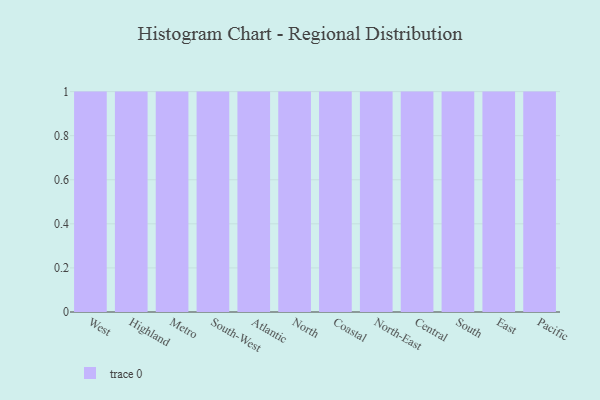
{"axis": {"x": "Region", "y": "Market Share (%)"}, "legend": [""], "data": [{"x": "West", "y": 41, "type": ""}, {"x": "Highland", "y": 30, "type": ""}, {"x": "Metro", "y": 58, "type": ""}, {"x": "South-West", "y": 88, "type": ""}, {"x": "Atlantic", "y": 36, "type": ""}, {"x": "North", "y": 25, "type": ""}, {"x": "Coastal", "y": 94, "type": ""}, {"x": "North-East", "y": 81, "type": ""}, {"x": "Central", "y": 27, "type": ""}, {"x": "South", "y": 82, "type": ""}, {"x": "East", "y": 70, "type": ""}, {"x": "Pacific", "y": 46, "type": ""}]}